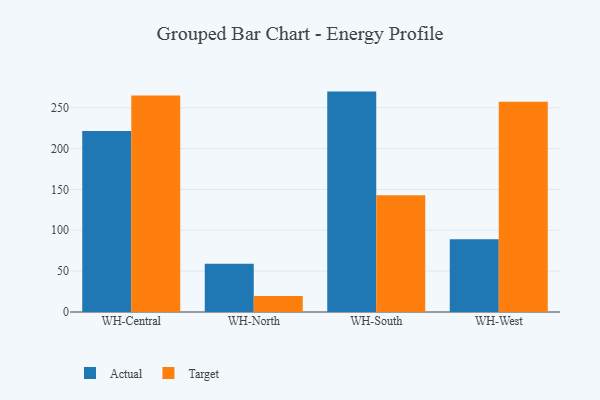
{"axis": {"x": "Warehouse", "y": "Inventory Turnover"}, "legend": ["Actual", "Target"], "data": [{"x": "WH-Central", "y": 221.5, "type": "Actual"}, {"x": "WH-Central", "y": 264.9, "type": "Target"}, {"x": "WH-North", "y": 59.0, "type": "Actual"}, {"x": "WH-North", "y": 19.5, "type": "Target"}, {"x": "WH-South", "y": 269.7, "type": "Actual"}, {"x": "WH-South", "y": 143.0, "type": "Target"}, {"x": "WH-West", "y": 89.1, "type": "Actual"}, {"x": "WH-West", "y": 257.3, "type": "Target"}]}